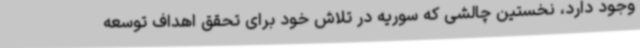
وجود دارد، نخستین چالشی که سوریه در تلاش خود برای تحقق اهداف توسعه